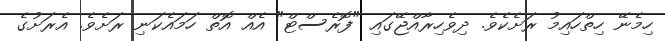
ހިމެނޭ ހިތްހައިމު ރަށެކެވެ. ދިވެހިރާއްޖޭގައި "ފޮރެސްޓް" އެއް އޮތް ހަމައެކަނި ރަށެވެ. އެރަށުގެ